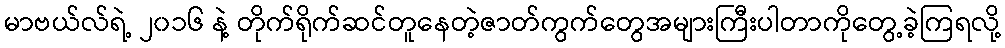
မာဗယ်လ်ရဲ့ ၂၀၁၆ နဲ့ တိုက်ရိုက်ဆင်တူနေတဲ့ဇာတ်ကွက်တွေအများကြီးပါတာကိုတွေ့ခဲ့ကြရလို့